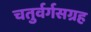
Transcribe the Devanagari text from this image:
चतुर्वर्गसग्रह